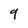
Character: 9